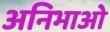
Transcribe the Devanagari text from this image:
अनिभाओ